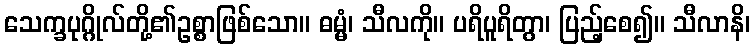
သေက္ခပုဂ္ဂိုလ်တို့၏ဥစ္စာဖြစ်သော။ ဓမ္မံ၊ သီလကို။ ပရိပူရိတွာ၊ ပြည့်စေ၍။ သီလာနိ၊